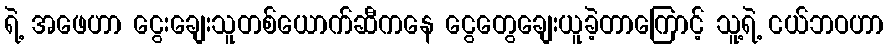
ရဲ့ အဖေဟာ ငွေးချေးသူတစ်ယောက်ဆီကနေ ငွေတွေချေးယူခဲ့တာကြောင့် သူ့ရဲ့ ငယ်ဘဝဟာ